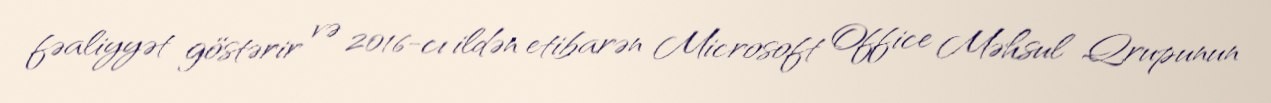
fəaliyyət göstərir və 2016-cı ildən etibarən Microsoft Office Məhsul Qrupunun